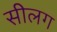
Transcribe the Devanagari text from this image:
सीलग